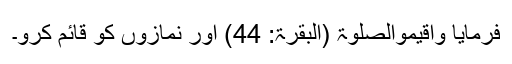
فرمایا وَاَقِیْمُوالصَّلٰوۃَ (البقرۃ: 44) اور نمازوں کو قائم کرو۔